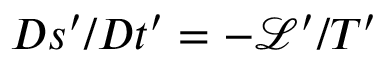
D s ^ { \prime } / D t ^ { \prime } = - \mathcal { L } ^ { \prime } / T ^ { \prime }